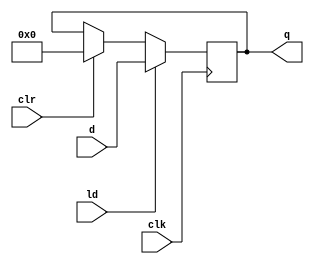
`timescale 1ns / 1ps
//////////////////////////////////////////////////////////////////////////////////
// Company: 
// Engineer: 
// 
// Design Name: 
// Module Name:    rgst 
// Project Name: 
// Target Devices: 
// Tool versions: 
// Description: 
//
// Dependencies: 
//
// Revision: 
// Revision 0.01 - File Created
// Additional Comments: 
//
//////////////////////////////////////////////////////////////////////////////////
module rgst #(parameter dw = 'h10, clr_val = {dw{1'b0}})
(  input ld,
	input [dw-1:0] d,
	input clr,
	input clk,
	output reg [dw-1:0] q
    );

always @(posedge clk) begin
	if(clr) q <= clr_val;
	if(ld) q <= d;
end
endmodule